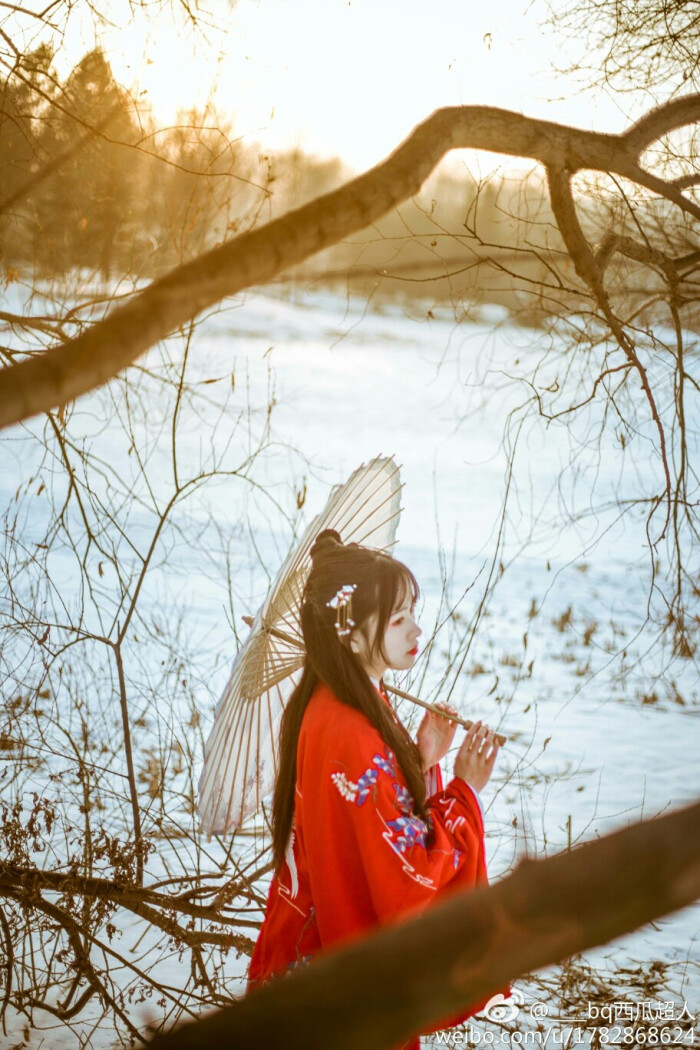
身似浮云，心如飞絮，气若游丝。